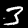
Digit: 3